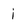
Character: i